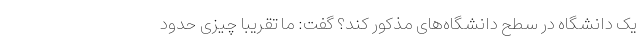
یک دانشگاه در سطح دانشگاه‌های مذکور کند؟ گفت: ما تقریباً چیزی حدود